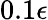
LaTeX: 0.1\epsilon